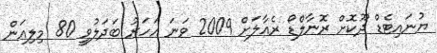
ޔުނައިޓެޑް ދޫކޮށް ރޮނާލްޑޯ ރެއާލަށް 2009 ވަނަ އަހަރު ބަދަލުވީ 80 މިލިއަން